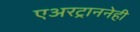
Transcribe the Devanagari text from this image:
एअरट्राननेही